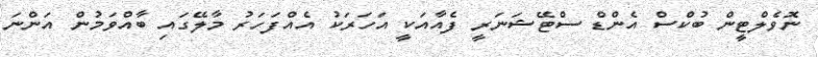
ނޮވެލްޓީން ބުކްސް އެންޑް ސްޓޭޝަނަރީ ފެއާއަކީ އަހަރަކު އެއްފަހަރު މާލޭގައި ބާއްވަމުން އަންނަ